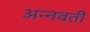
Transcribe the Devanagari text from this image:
अन्नवती